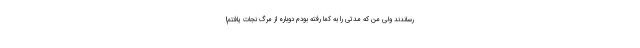
رساندند ولی من که مدتی را به کما رفته بودم دوباره از مرگ نجات یافتم!